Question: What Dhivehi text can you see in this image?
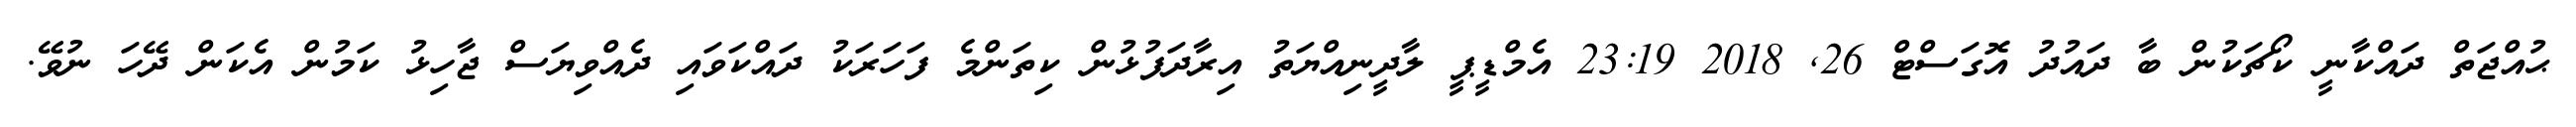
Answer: ޙުއްޖަތް ދައްކާނީ ކޯޗަކުން ބާ ދައުދު އޮގަސްޓް 26, 2018 23:19 އެމްޑީޕީ ލާދީނިއްޔަތު އިރާދަފުޅުން ކިތަންމެ ފަހަރަކު ދައްކަވައި ދެއްވިޔަސް ޖާހިޅު ކަމުން އެކަން ދޭހަ ނުވޭ.